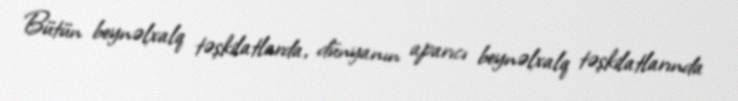
Bütün beynəlxalq təşkilatlarda, dünyanın aparıcı beynəlxalq təşkilatlarında